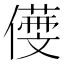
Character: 𠏒